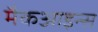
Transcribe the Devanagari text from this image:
मैकआइन्स